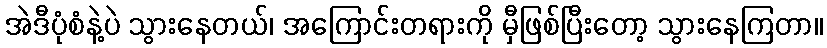
အဲဒီပုံစံနဲ့ပဲ သွားနေတယ်၊ အကြောင်းတရားကို မှီဖြစ်ပြီးတော့ သွားနေကြတာ။